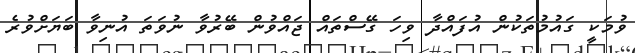
ވުމަކީ ގައުމުތަކުން އުފައްދާ ވިހަ ގޭސްތައް ޖައްވުން ބޭރުވާ ނުވަތަ އުނިވާ ބަޔަށްވުރެ